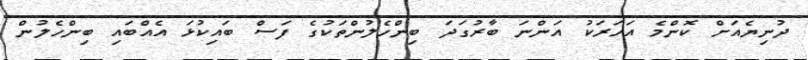
ދުނިޔެއަށް ކޮންމެ އަހަރަކު އަންނަ ބާރުގަދަ ބިންހެލުންތަކުގެ ފަސް ބައިކުޅަ އެއްބައި ބިންހެލުން